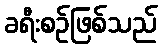
ခရီးစဉ်ဖြစ်သည်